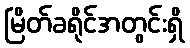
မြိတ်ခရိုင်အတွင်းရှိ